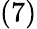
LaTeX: (7)